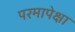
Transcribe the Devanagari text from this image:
परमापेक्षा